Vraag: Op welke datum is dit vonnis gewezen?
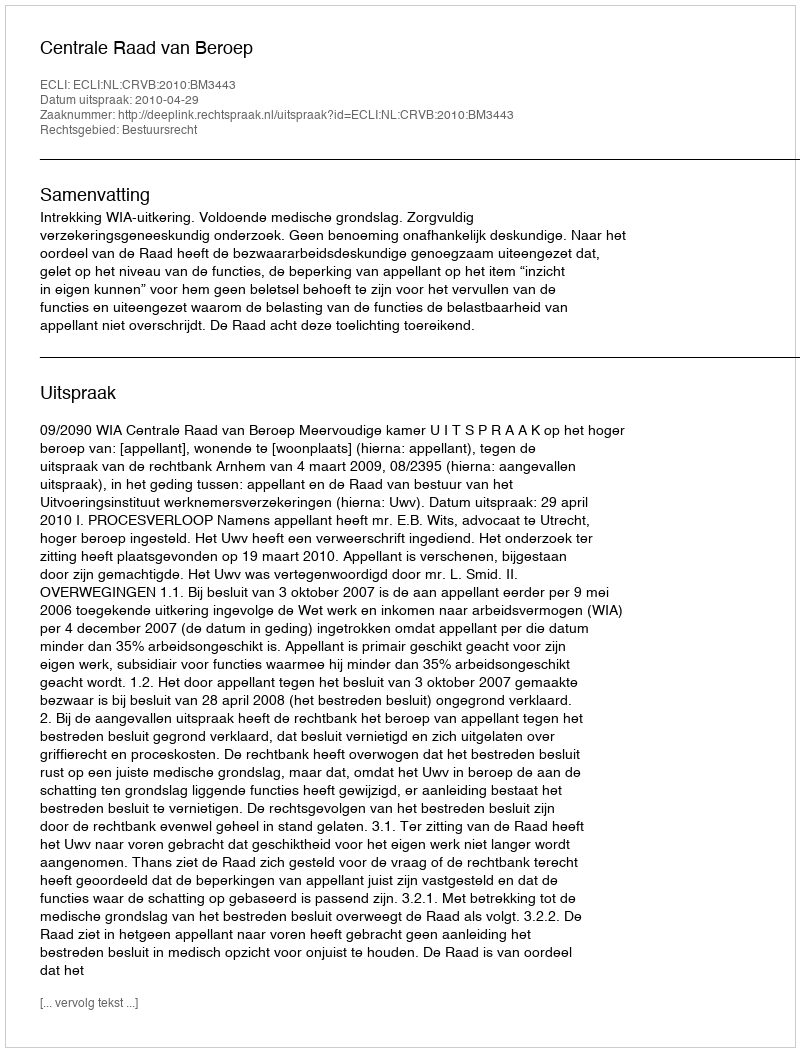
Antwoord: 2010-04-29